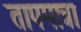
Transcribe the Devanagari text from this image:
तापमात्रा